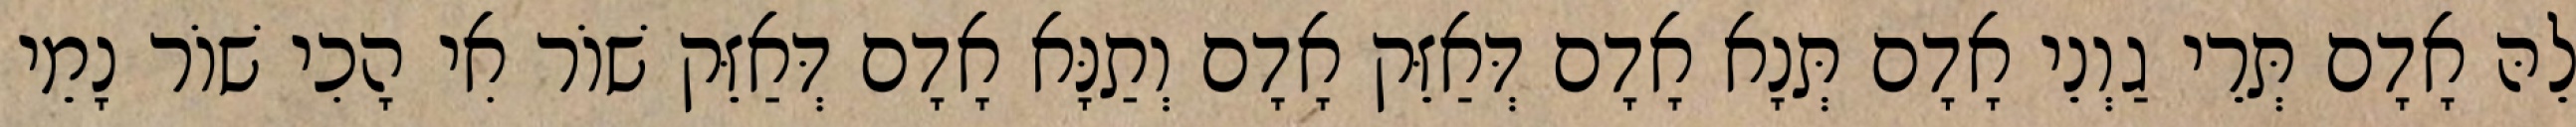
לֵהּ אָדָם תְּרֵי גַוְנֵי אָדָם תְּנָא אָדָם דְּאַזֵּק אָדָם וְתַנָּא אָדָם דְּאַזֵּק שׁוֹר אִי הָכִי שׁוֹר נָמֵי